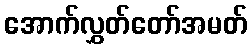
အောက်လွှတ်တော်အမတ်